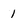
Character: 1